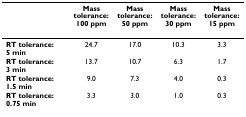
<table><thead><tr><td></td><td><b>Mass tolerance: 100 ppm</b></td><td><b>Mass tolerance: 50 ppm</b></td><td><b>Mass tolerance: 30 ppm</b></td><td><b>Mass tolerance: 15 ppm</b></td></tr></thead><tbody><tr><td><b>RT tolerance: 5 min</b></td><td>24.7</td><td>17.0</td><td>10.3</td><td>3.3</td></tr><tr><td><b>RT tolerance: 3 min</b></td><td>13.7</td><td>10.7</td><td>6.3</td><td>1.7</td></tr><tr><td><b>RT tolerance: 1.5 min</b></td><td>9.0</td><td>7.3</td><td>4.0</td><td>0.3</td></tr><tr><td><b>RT tolerance: 0.75 min</b></td><td>3.3</td><td>3.0</td><td>1.0</td><td>0.3</td></tr></tbody></table>